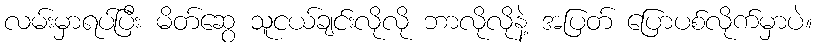
လမ်းမှာရပ်ပြီး မိတ်ဆွေ သူငယ်ချင်းလိုလို ဘာလိုလိုနဲ့ အပြတ် ပြောပစ်လိုက်မှာပဲ။